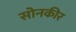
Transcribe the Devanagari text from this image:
सोनकीर